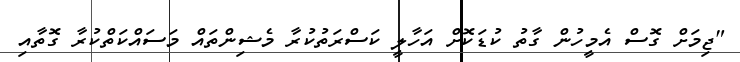
"ޖިމަށް ގޮސް އެމީހުން ގާތު ކުޑަކޮށް އަހާލީ ކަސްރަތުކުރާ މެޝިންތައް މަސައްކަތްކުރާ ގޮތާއި